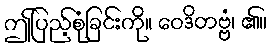
ဤပြည့်စုံခြင်းကို။ ဝေဒိတဗ္ဗံ၊ ၏။